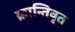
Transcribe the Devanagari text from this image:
क्रान्तिवृत